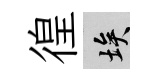
徨埃